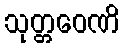
သုတ္တဝေဏိ